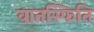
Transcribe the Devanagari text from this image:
वातस्फिति